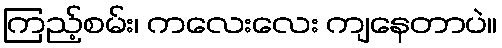
ကြည့်စမ်း၊ ကလေးလေး ကျနေတာပဲ။